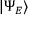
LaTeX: | \Psi _ { E } \rangle